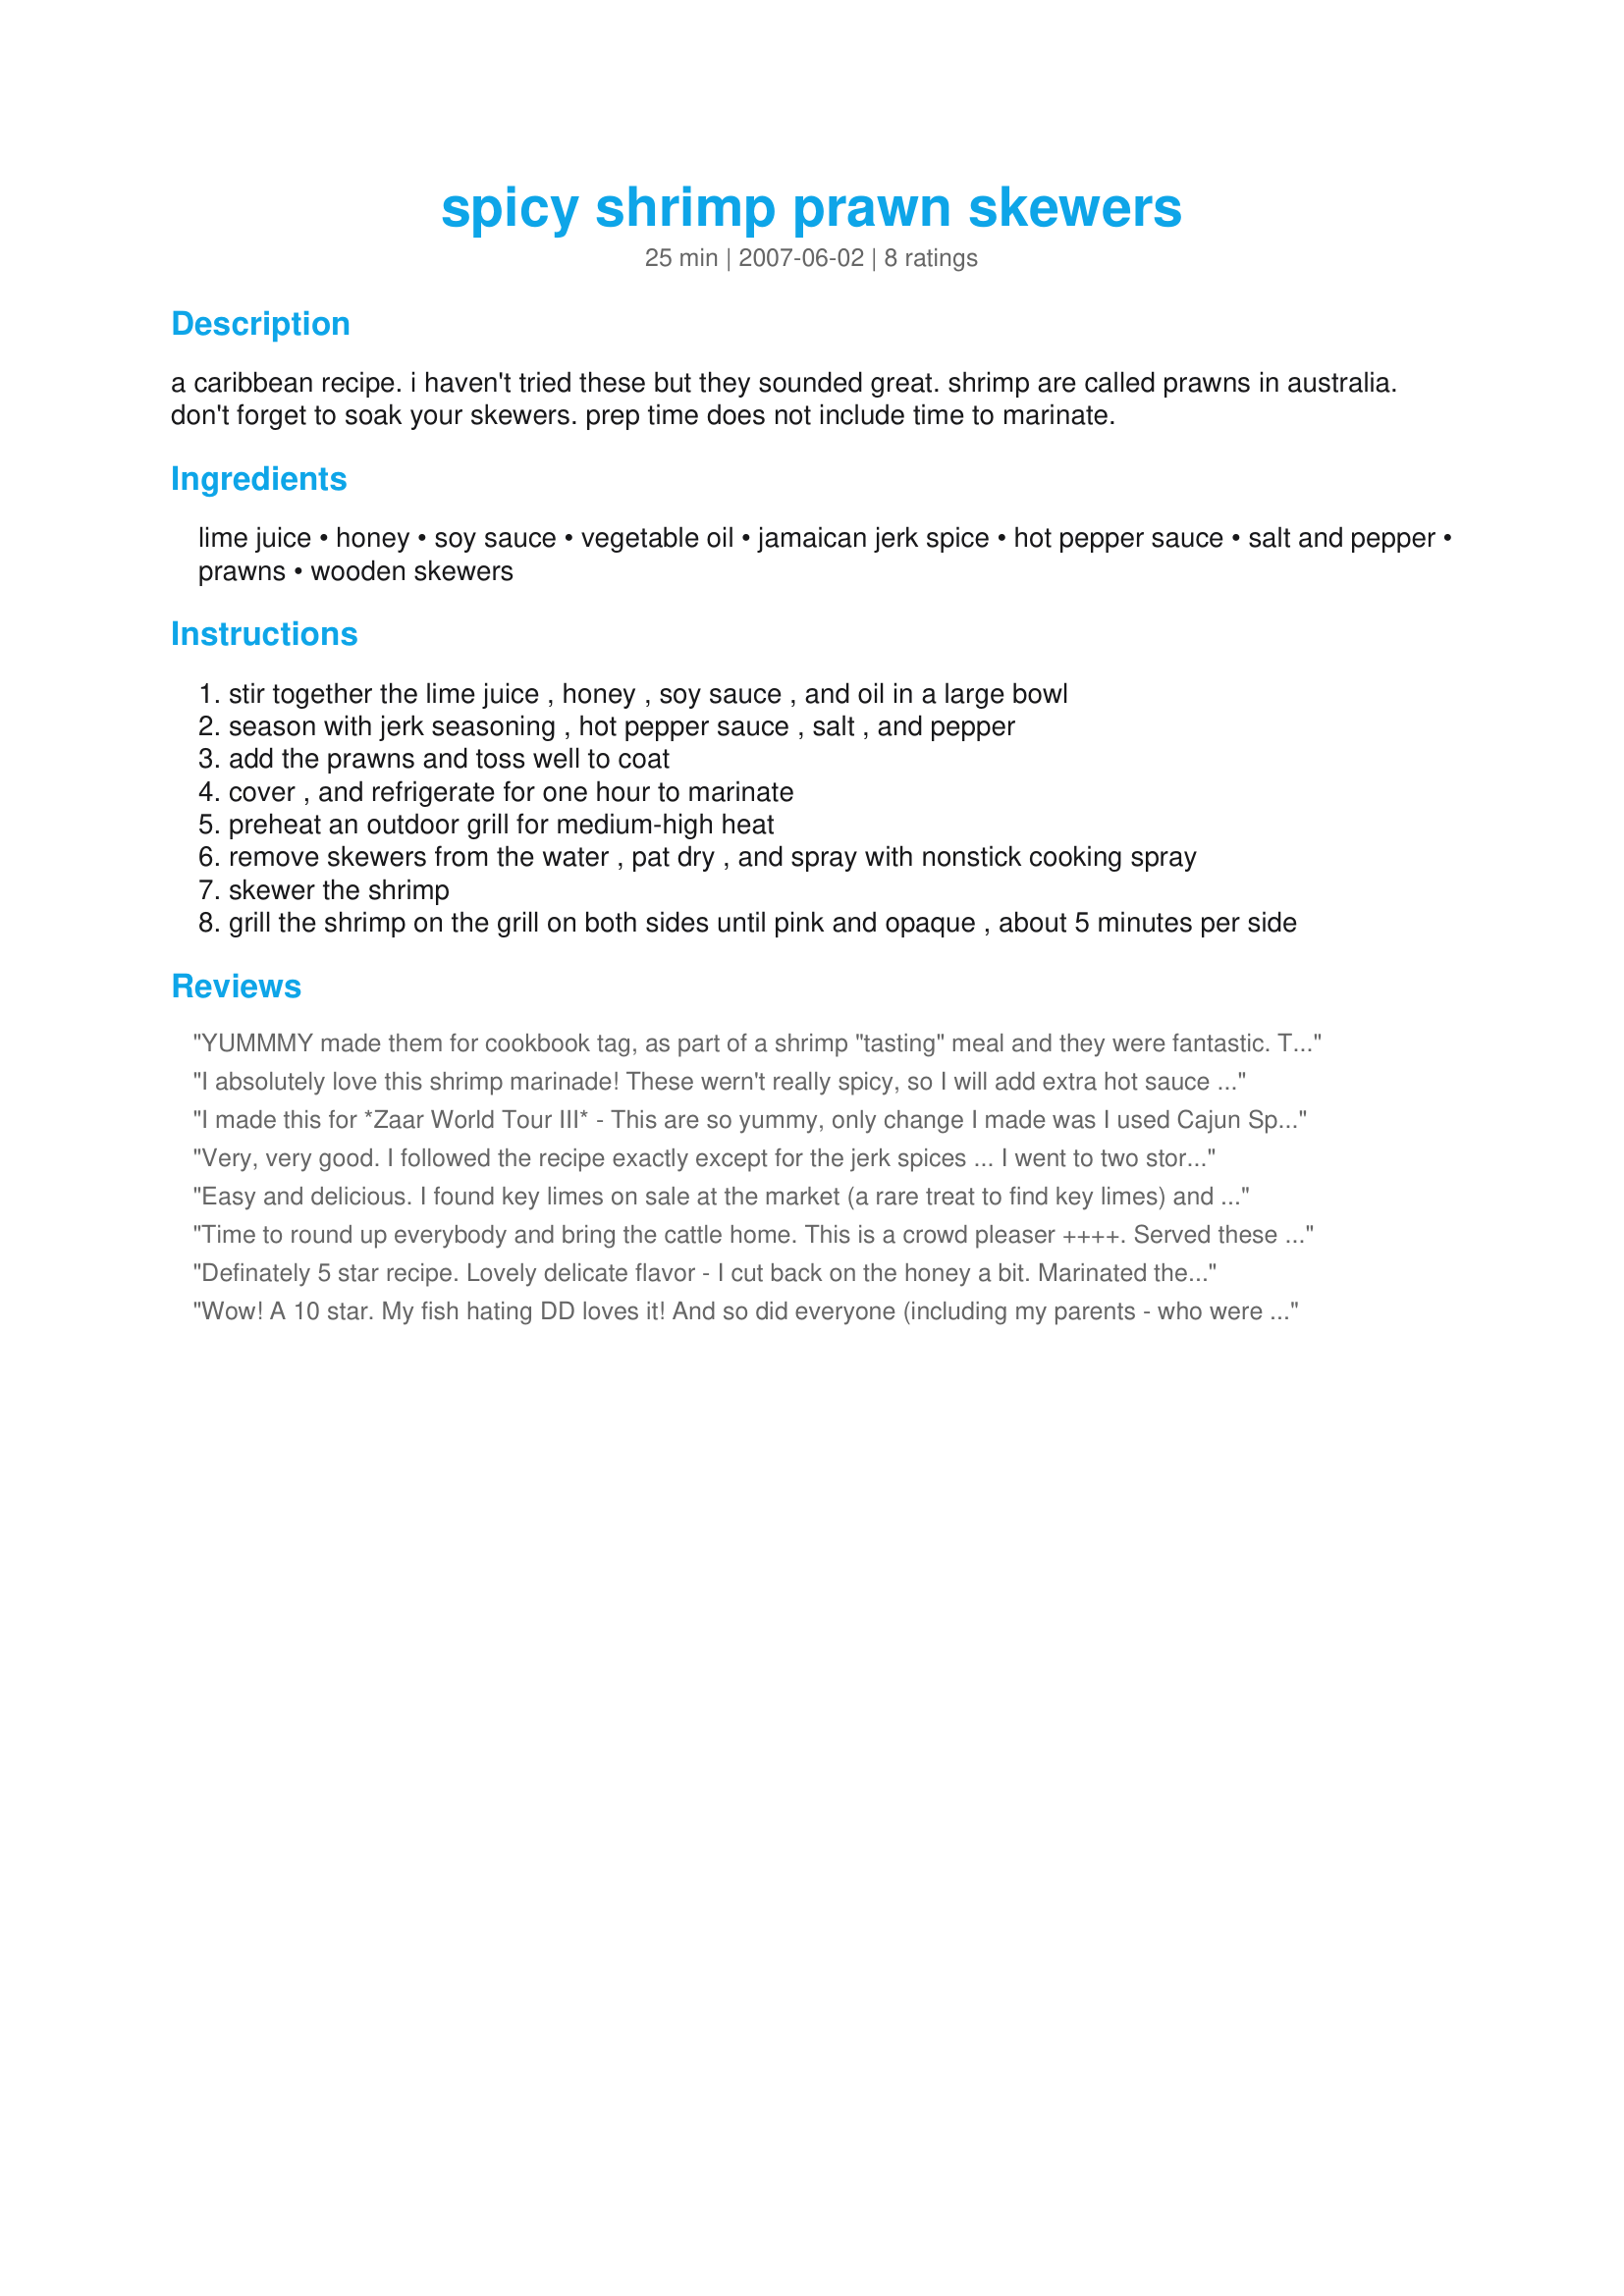
spicy shrimp prawn skewers
Preparation time: 25 minutes

a caribbean recipe. i haven't tried these but they sounded great. shrimp are called prawns in australia. don't forget to soak your skewers. prep time does not include time to marinate.

Ingredients:
lime juice, honey, soy sauce, vegetable oil, jamaican jerk spice, hot pepper sauce, salt and pepper, prawns, wooden skewers

Steps:
stir together the lime juice , honey , soy sauce , and oil in a large bowl
season with jerk seasoning , hot pepper sauce , salt , and pepper
add the prawns and toss well to coat
cover , and refrigerate for one hour to marinate
preheat an outdoor grill for medium-high heat
remove skewers from the water , pat dry , and spray with nonstick cooking spray
skewer the shrimp
grill the shrimp on the grill on both sides until pink and opaque , about 5 minutes per side

Reviews:
YUMMMY made them for cookbook tag, as part of a shrimp "tasting" meal and they were fantastic.

Thanks jewelies!
I absolutely love this shrimp marinade! These wern't really spicy, so I will add extra hot sauce and seasonings next time, just because we like 'em hot. Thanks for the winner!
I made this for *Zaar World Tour III* - This are so yummy, only change I made was I used Cajun Spice because I didn't have Jamaican Jerk Spice. I marinated them for 2.5 hours and they were delicious. Thank you Jewelies.
Very, very good. I followed the recipe exactly except for the jerk spices ... I went to two stores today and couldn't find the jamaican jerk, so ended up buying caribbean jerk instead. The bite is not over-powering but lingers on your tongue a bit. I marinaded the shrimp for probably close to 3 hours and the flavor went all thru. Very quick and easy to fix ... thanks, Jewelies, for a great recipe.
Easy and delicious. I found key limes on sale at the market (a rare treat to find key limes) and it takes 10 key limes to make 1/3 cup of lime juice if that helps anyone. This is a great all in one recipe that delights all of the taste buds... salty, sweet, sour, etc. My family thoroughly enjoyed this recipe. Thanks, Jewelies!
Time to round up everybody and bring the cattle home. This is a crowd pleaser ++++. Served these special shrimp treats this afternoon for a real down home "take your shoes off and sit a spell" impromtu get together. I fixed the sauce a couple of days ago, and stuck in fridge to have on hand. These are beyond flavorful, and I caught some neighbor taking extra licks the side of the bowl.
Marinade time was perfect, and the only change was to add a bit of finely minced garlic to sauce. Grilled up perfectly! Thanks so very much Jewelies!
Definately 5 star recipe. Lovely delicate flavor - I cut back on the honey a bit. Marinated the prawns for apprx 2 hours. It was pouring rain so I had to do them in the oven - 400 for apprx 10 minutes. Perfect Thanks Jewelies for posting
Wow! A 10 star. My fish hating DD loves it! And so did everyone (including my parents - who were over for dinner). I did change the spice to Cajun bcz I didn't have Jamaican and left out the hot pepper sauce. Also didn't feel the need for salt and pepper. We have metal skewers. Nice short marinating time. We doubled the recipe and cut up chicken and skewered that too. Great all the way around! Thanks Jewelies!
